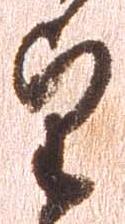
望